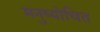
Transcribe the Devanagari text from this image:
मनुष्योचित